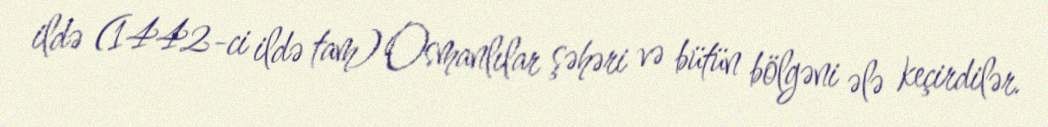
ildə (1442-ci ildə tam) Osmanlılar şəhəri və bütün bölgəni ələ keçirdilər.